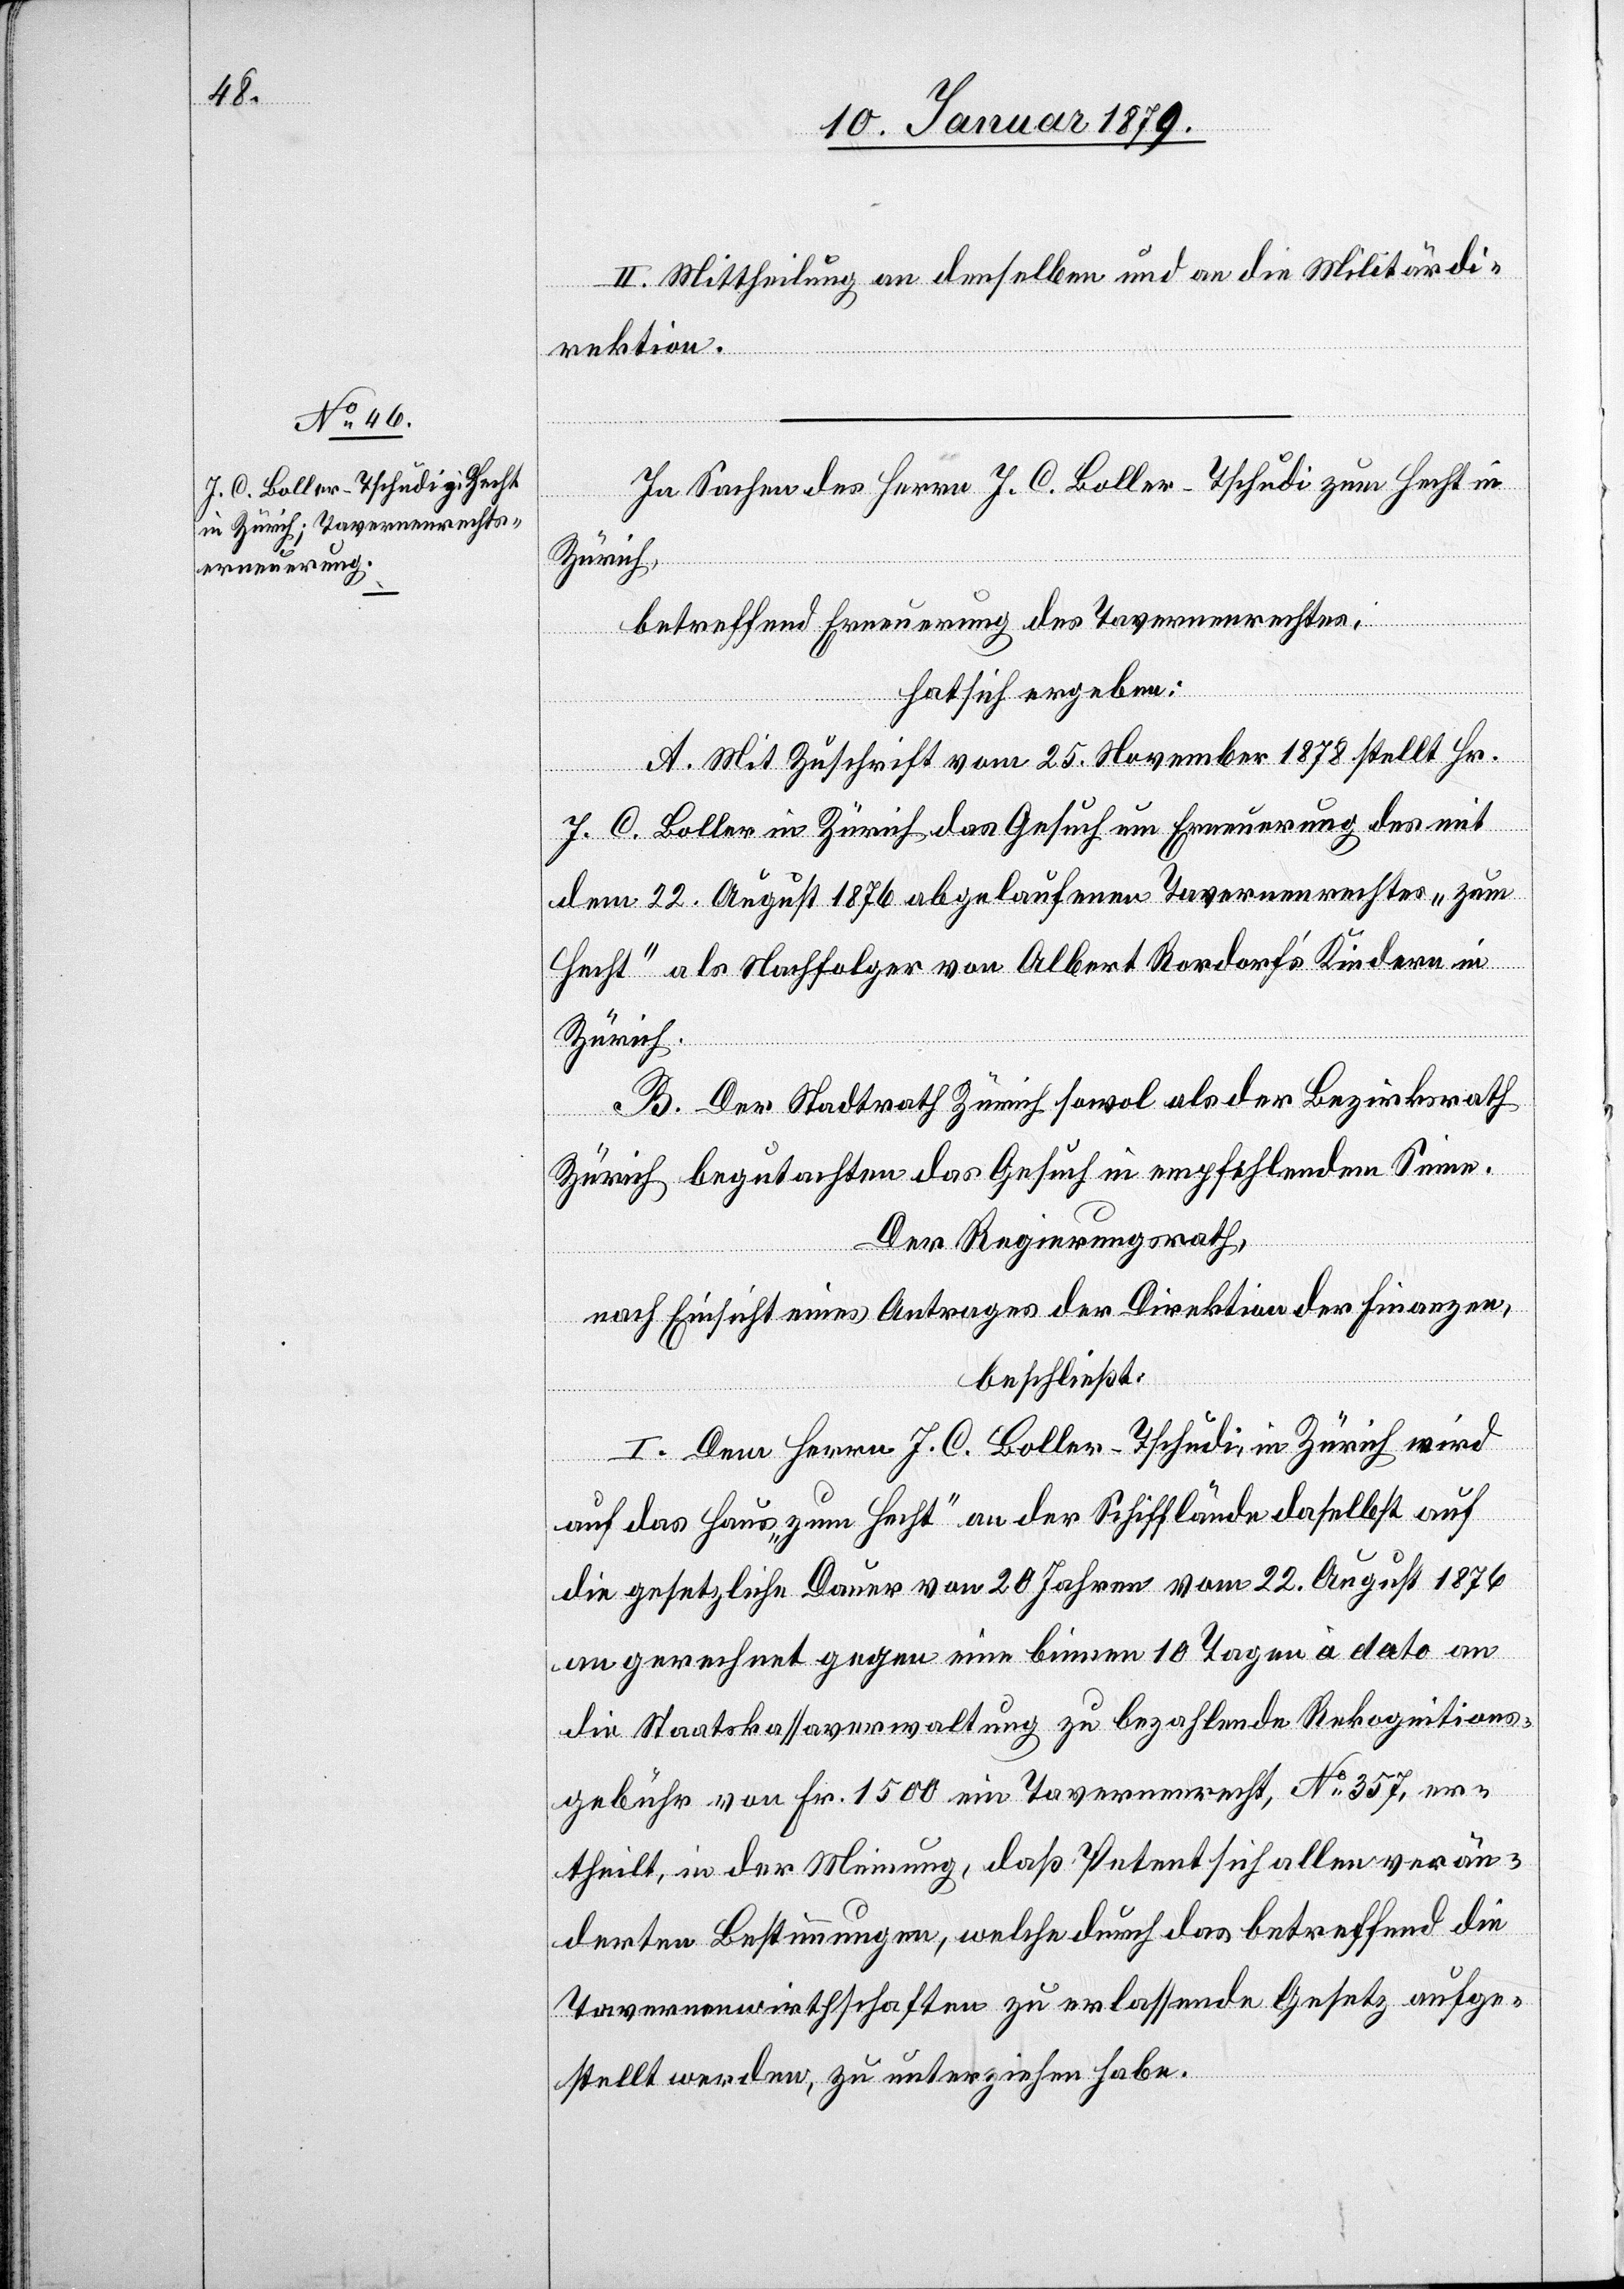
II. Mittheilung an denselben und an die Militärdi¬
rektion.
In Sachen des Herrn J. C. Boller-Tschudi zum Hecht in
Zürich,
betreffend Erneuerung des Tavernenrechtes,
hat sich ergeben:
A. Mit Zuschrift vom 25. November 1878 stellt Hr.
J. C. Boller in Zürich das Gesuch um Erneuerung des mit
dem 22. August 1876 abgelaufenen Tavernenrechtes „zum
Hecht“ als Nachfolger von Albert Rordorfs’Kindern in
Zürich.
B.Der Stadtrath Zürich sowol als der Bezirksrath
Zürich begutachten das Gesuch in empfehlendem Sinne.
Der Regierungsrath,
nach Einsicht eines Antrages der Direktion der Finanzen.
beschließt:
I. Dem Herrn J. C. Boller-Tschudi, in Zürich wird
auf das Haus „zum Hecht“ an der Schifflände daselbst auf
die gesetzliche Dauer von 20 Jahren vom 22. August 1876
an gerechnet gegen eine binnen 10 Tagen à dato an
die Staatskassaverwaltung zu bezahlende Rekognitions¬
gebühr von Fr. 1500 ein Tavernenrecht, No 357, er¬
theilt, in der Meinung, daß Petent sich allen verän¬
derten Bestimmungen, welche durch das betreffend die
Tavernenwirthschaften zu erlassende Gesetz aufge¬
stellt werden, zu unterziehen habe.